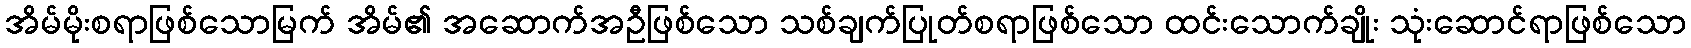
အိမ်မိုးစရာဖြစ်သောမြက် အိမ်၏ အဆောက်အဦဖြစ်သော သစ်ချက်ပြုတ်စရာဖြစ်သော ထင်းသောက်ချိုး သုံးဆောင်ရာဖြစ်သော